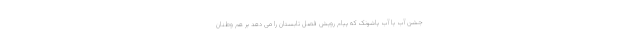
جشن آب یا آب پاشونک که پیام رویش فصل تابستان را می دهد بر هم وطنان